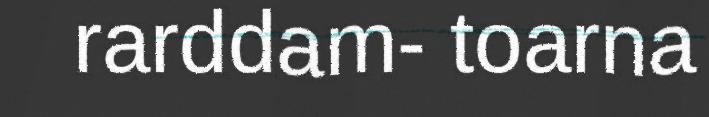
rarddam- toarna